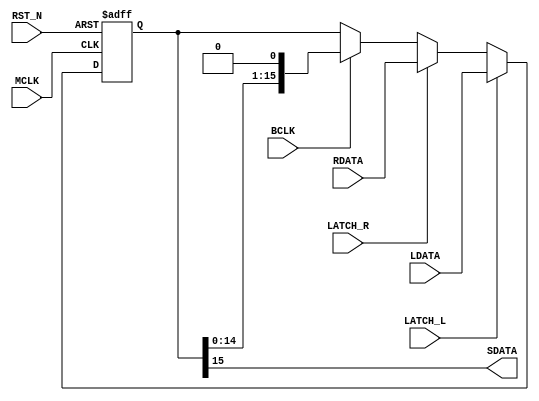
//-----------------------------
// Parallel-Serial Converter
// by Toshio Iwata at digitalfilter.com 2015/06/02

module P_S(
  RST_N,
  MCLK,
  LATCH_L,
  LATCH_R,
  BCLK,
  LDATA,
  RDATA,
  SDATA
);

input RST_N;
input MCLK;
input LATCH_L;
input LATCH_R;
input BCLK;
input[15:0] LDATA;
input[15:0] RDATA;
output SDATA;

wire   RST_N;
wire   MCLK;
wire   LATCH_L;
wire   LATCH_R;
wire   BCLK;
wire  [15:0] LDATA;
wire  [15:0] RDATA;
wire   SDATA;


reg  [15:0] rdata_tmp;
reg  [7:0] counter256;

// architecture P_S
//-----------------------------------------------------------------
always@(posedge MCLK or negedge RST_N)  begin
  if ((RST_N == 1'b0)  )  begin
    rdata_tmp <= {16{1'b0}};
  end
  else  begin
    if ((LATCH_L == 1'b1)  )  begin
      rdata_tmp <= LDATA;
    end
    else if ((LATCH_R == 1'b1)  )  begin
      rdata_tmp <= RDATA;
    end
    else if ((BCLK == 1'b1)  )  begin
      rdata_tmp <= {rdata_tmp[14:0] ,1'b0};
    end
  end
end

//-----------------------------------------------------------------
assign SDATA = rdata_tmp[15] ;

//-----------------------------------------------------------------
always@(posedge MCLK or negedge RST_N)  begin
  if ((RST_N == 1'b0)  )  begin
    counter256 <= {8{1'b0}};
  end
  else  begin
    if ((LATCH_R == 1'b1)  )  begin
      counter256 <= {8{1'b0}};
    end
    else if ((BCLK == 1'b1)  )  begin
      counter256 <= counter256 + 1;
    end
  end
end

// architecture P_S

endmodule